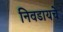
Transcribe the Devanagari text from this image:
निवडायचे